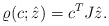
\begin{align*} \varrho(c;\hat{z}) = c^{T} J \hat{z}.\end{align*}